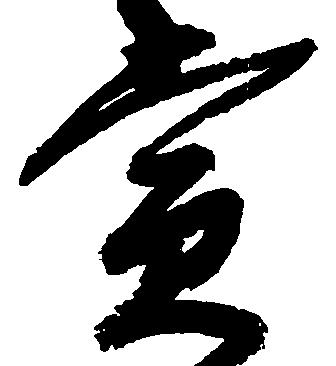
賞